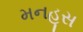
મનહૂસ